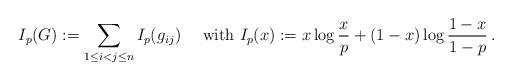
LaTeX: \begin{align*}I_p(G) := \sum_{1 \leq i < j \leq n} I_p(g_{ij})\quad\mbox{ with }I_p(x) := x \log\frac{x}{p} + (1-x) \log\frac{1-x}{1-p}\,.\end{align*}